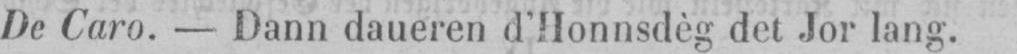
De Caro. - Dann daueren d’Honnsdèg det Jor lang.